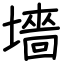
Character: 墻